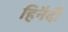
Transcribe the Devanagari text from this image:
हिनैदी